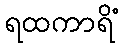
ရထကာရိံ